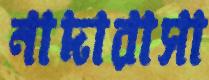
নাদারাসা